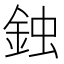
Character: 鉵